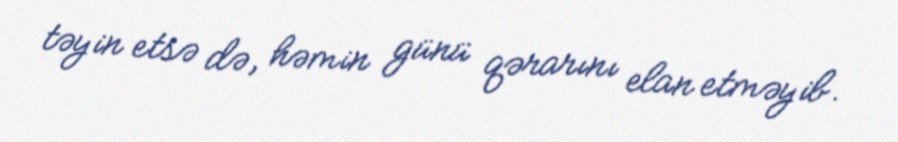
təyin etsə də, həmin günü qərarını elan etməyib.